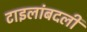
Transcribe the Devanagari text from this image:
टाइलांबदली